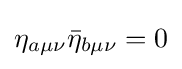
\eta _{a\mu \nu }{\bar {\eta }}_{b\mu \nu }=0